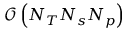
\mathcal { O } \left( N _ { T } N _ { s } N _ { p } \right)